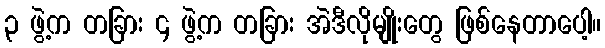
၃ ဖွဲ့က တခြား ၄ ဖွဲ့က တခြား အဲဒီလိုမျိုးတွေ ဖြစ်နေတာပေါ့။